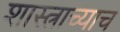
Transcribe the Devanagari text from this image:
शास्त्राच्याच